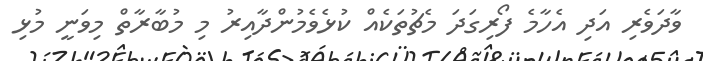
ވާދަވެރި އަދި އެހާމެ ފޯރިގަދަ މެޗުތަކެއް ކުޅެވެމުންދާއިރު މި މުބާރާތް މިވަނީ މުޅި